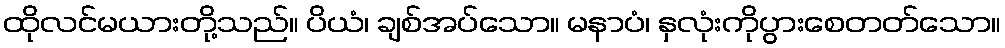
ထိုလင်မယားတို့သည်။ ပိယံ၊ ချစ်အပ်သော။ မနာပံ၊ နှလုံးကိုပွားစေတတ်သော။